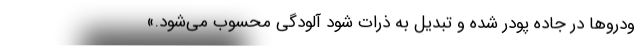
ودروها در جاده پودر شده و تبدیل به ذرات شود آلودگی محسوب می‌شود.»